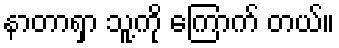
နာတာရှာ သူ့ကို ကြောက် တယ်။